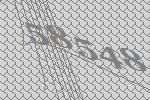
58548